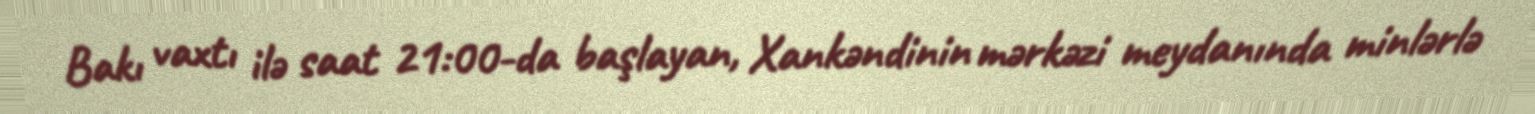
Bakı vaxtı ilə saat 21:00-da başlayan, Xankəndinin mərkəzi meydanında minlərlə